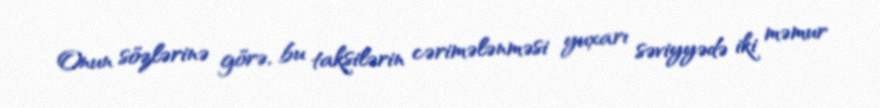
Onun sözlərinə görə, bu taksilərin cərimələnməsi yuxarı səviyyədə iki məmur